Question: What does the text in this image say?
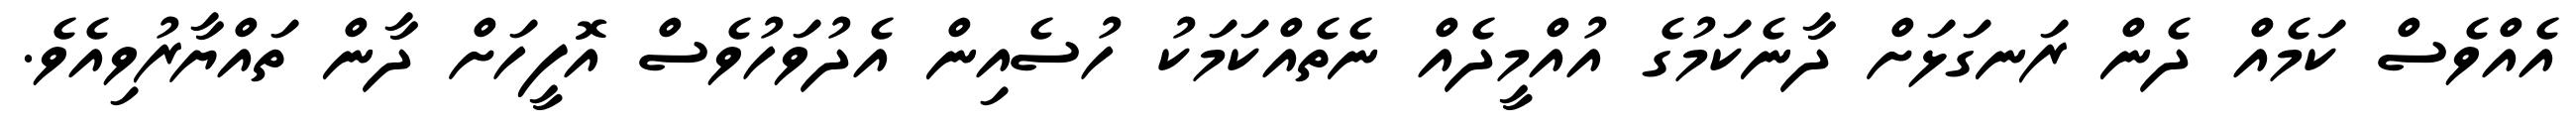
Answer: އެއްވެސް ކަމެއް ދެން ރަނގަޅަށް ދާނެކަމުގެ އުއްމީދެއް ނެތެއްކަމަކު ހުސެއިން އެދުވަހުވެސް އޮފީހަށް ދާން ތައްޔާރުވިއެވެ.